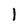
Character: 1